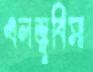
এলজুবিসা